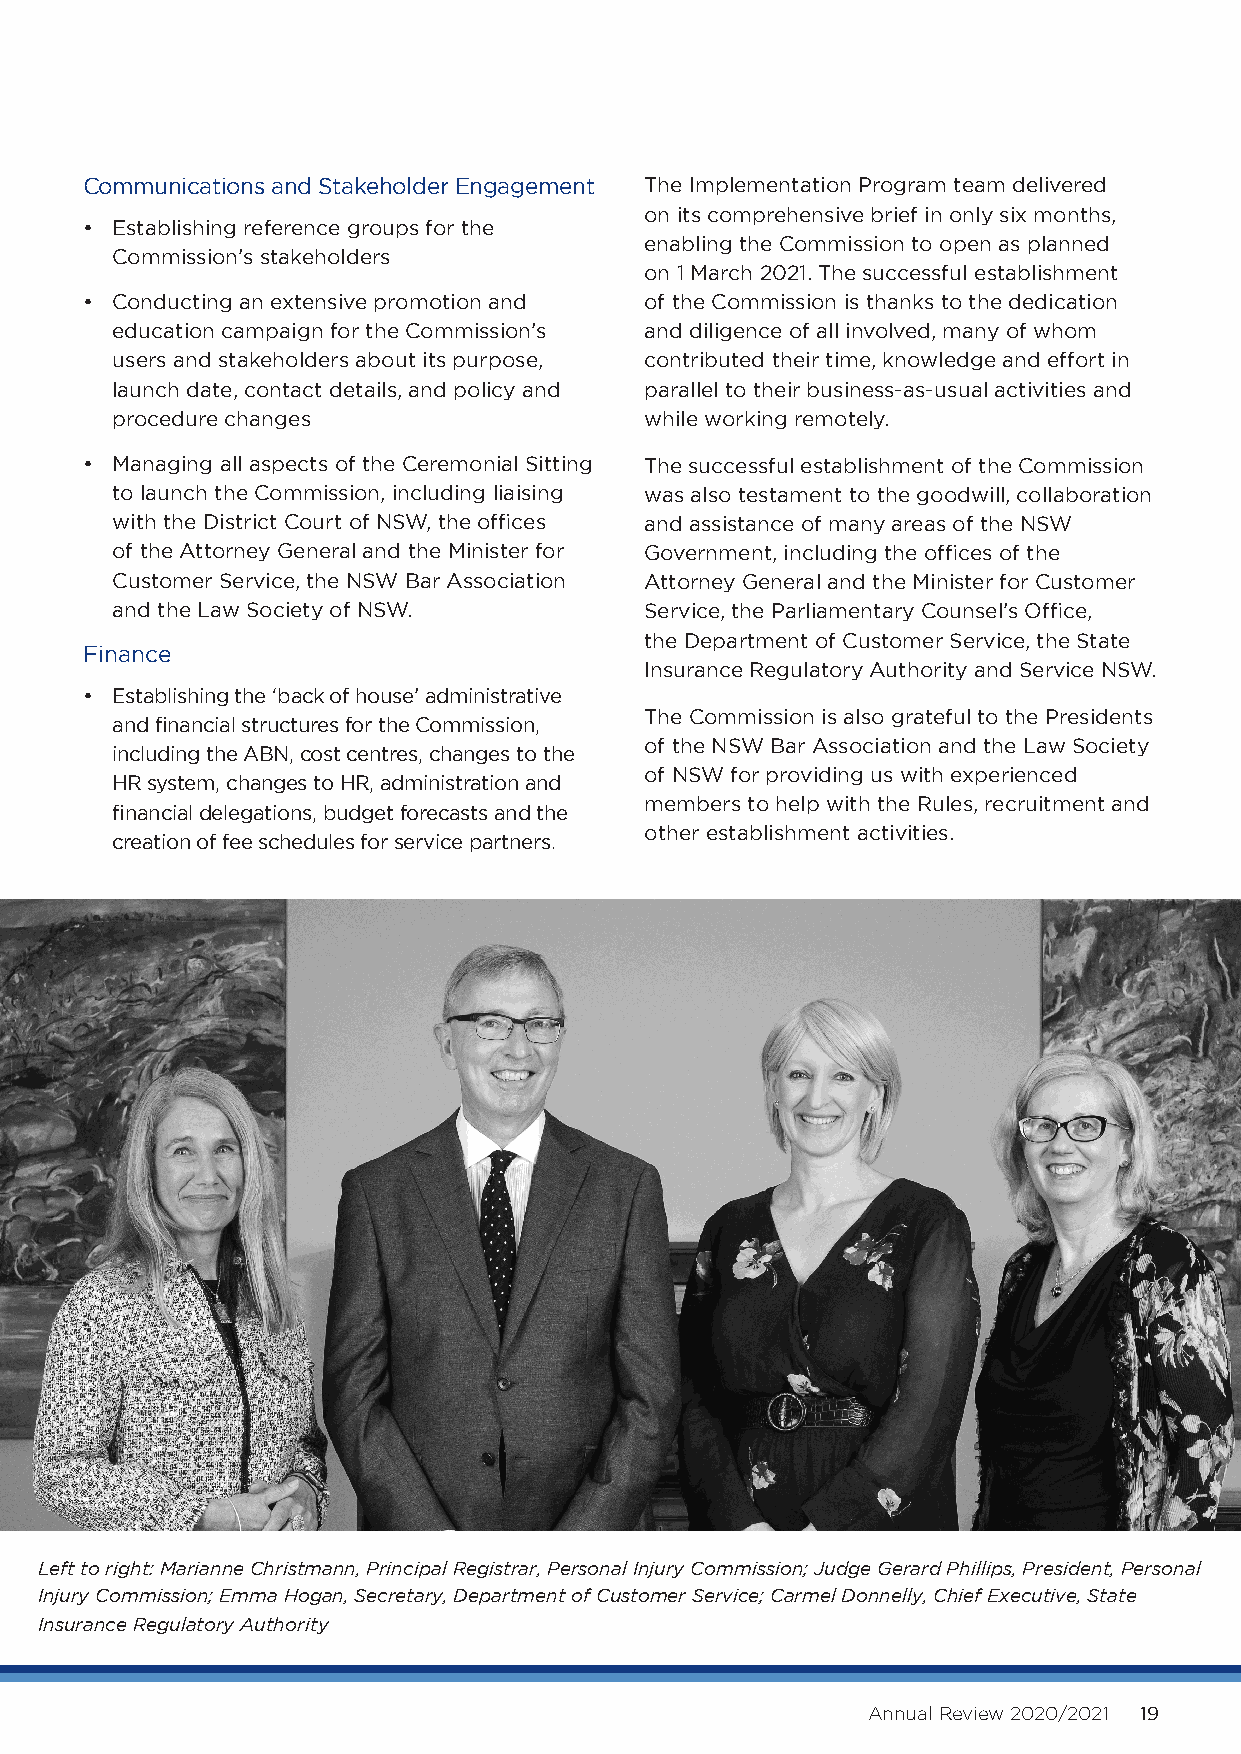
Communications and Stakeholder Engagement The Implementation Program team delivered
 on its comprehensive brief in only six months,
 • E stablishing reference groups for the
 enabling the Commission to open as planned
 Commission’s stakeholders
 on 1 March 2021. The successful establishment
 • C onducting an extensive promotion and of the Commission is thanks to the dedication
 education campaign for the Commission’s and diligence of all involved, many of whom
 users and stakeholders about its purpose, contributed their time, knowledge and effort in
 launch date, contact details, and policy and parallel to their business-as-usual activities and
 procedure changes                   while working remotely.
 • M anaging all aspects of the Ceremonial Sitting The successful establishment of the Commission
 to launch the Commission, including liaising was also testament to the goodwill, collaboration
 with the District Court of NSW, the offices and assistance of many areas of the NSW
 of the Attorney General and the Minister for Government, including the offices of the
 Customer Service, the NSW Bar Association Attorney General and the Minister for Customer
 and the Law Society of NSW.         Service, the Parliamentary Counsel’s Office,
 the Department of Customer Service, the State
 Finance
 Insurance Regulatory Authority and Service NSW.
 • Establishing the ‘back of house’ administrative
 The Commission is also grateful to the Presidents
 and financial structures for the Commission,
 of the NSW Bar Association and the Law Society
 including the ABN, cost centres, changes to the
 of NSW for providing us with experienced
 HR system, changes to HR, administration and
 members to help with the Rules, recruitment and
 financial delegations, budget forecasts and the
 other establishment activities.
 creation of fee schedules for service partners.
 Left to right: Marianne Christmann, Principal Registrar, Personal Injury Commission; Judge Gerard Phillips, President, Personal
 Injury Commission; Emma Hogan, Secretary, Department of Customer Service; Carmel Donnelly, Chief Executive, State
 Insurance Regulatory Authority
 Annual Review 2020/2021 19